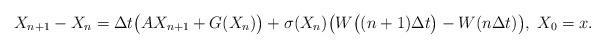
LaTeX: \begin{align*}X_{n+1}-X_n=\Delta t\bigl(AX_{n+1}+G(X_n)\bigr)+\sigma(X_n)\bigl(W\bigl((n+1)\Delta t\bigr)-W(n\Delta t)\bigr),\; X_0=x.\end{align*}